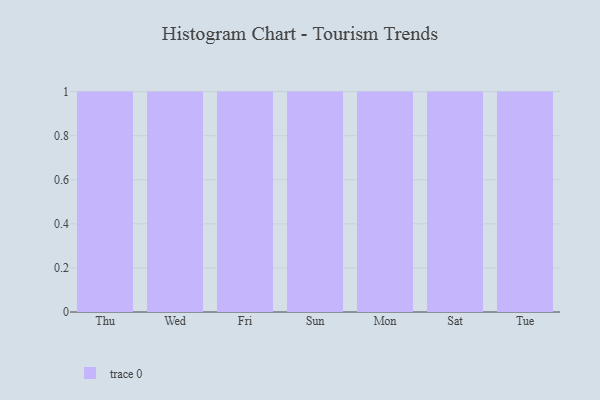
{"axis": {"x": "Day", "y": "Population (Million)"}, "legend": [""], "data": [{"x": "Thu", "y": 81, "type": ""}, {"x": "Wed", "y": 18, "type": ""}, {"x": "Fri", "y": 54, "type": ""}, {"x": "Sun", "y": 90, "type": ""}, {"x": "Mon", "y": 95, "type": ""}, {"x": "Sat", "y": 12, "type": ""}, {"x": "Tue", "y": 76, "type": ""}]}